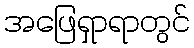
အဖြေရှာရာတွင်